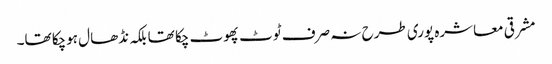
مشرقی معاشرہ پوری طرح نہ صرف ٹوٹ پھوٹ چکا تھا بلکہ نڈھال ہوچکا تھا۔